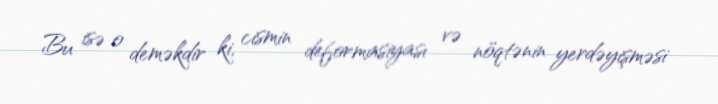
Bu isə o deməkdir ki, cismin deformasiyası və nöqtənin yerdəyişməsi